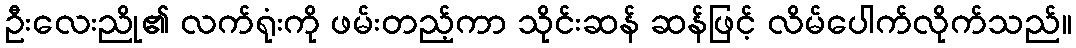
ဦးလေးညို၏ လက်ရုံးကို ဖမ်းတည့်ကာ သိုင်းဆန် ဆန်ဖြင့် လိမ်ပေါက်လိုက်သည်။